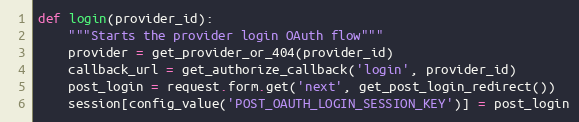
Language: Python
def login(provider_id):
    """Starts the provider login OAuth flow"""
    provider = get_provider_or_404(provider_id)
    callback_url = get_authorize_callback('login', provider_id)
    post_login = request.form.get('next', get_post_login_redirect())
    session[config_value('POST_OAUTH_LOGIN_SESSION_KEY')] = post_login